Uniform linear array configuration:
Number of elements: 64
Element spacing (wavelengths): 0.25
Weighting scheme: blackman
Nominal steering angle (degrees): -30
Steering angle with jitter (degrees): -29.235
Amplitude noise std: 0.05
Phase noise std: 0.05

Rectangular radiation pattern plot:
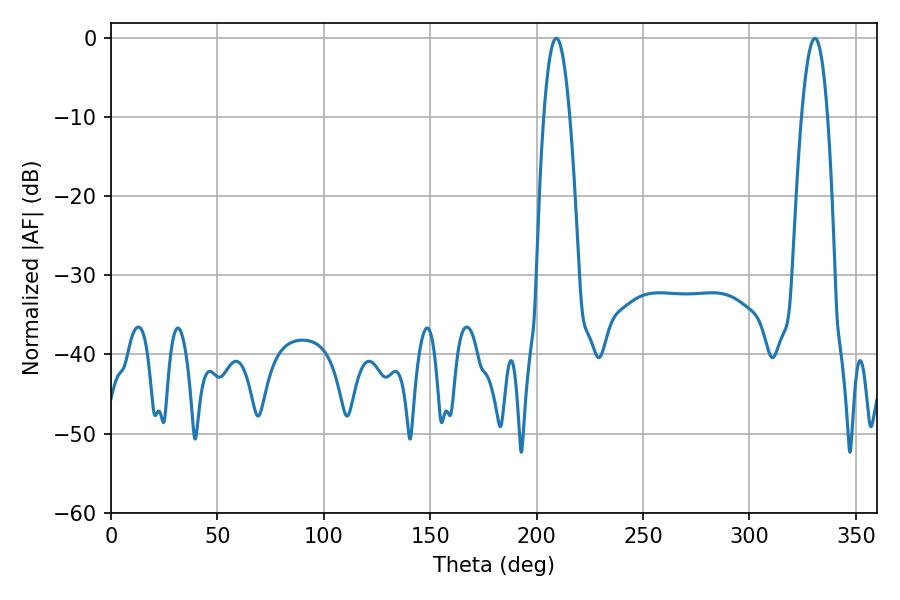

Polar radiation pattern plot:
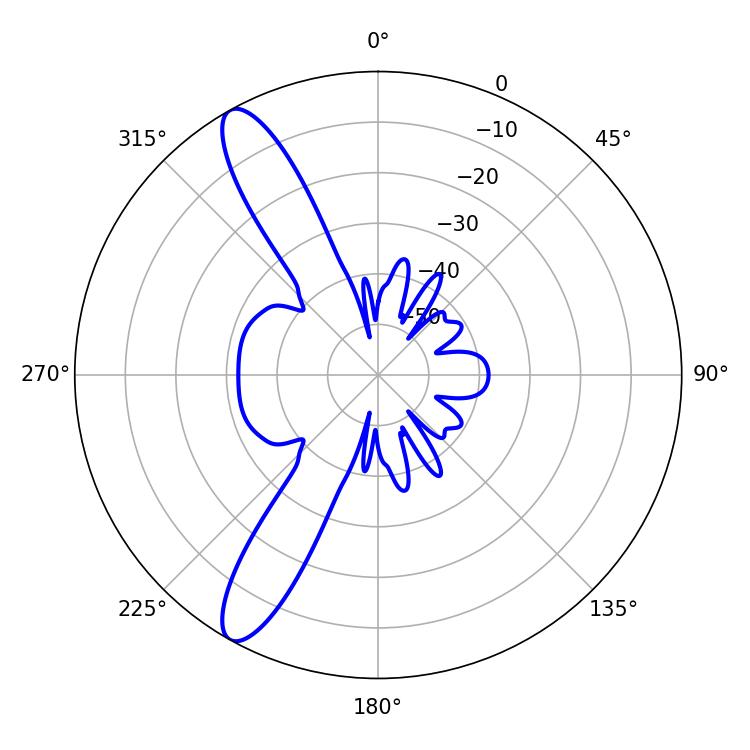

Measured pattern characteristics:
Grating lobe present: FALSE
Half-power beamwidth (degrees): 6.66
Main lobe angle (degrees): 209.16